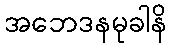
အဘေဒနမုခါနိ